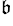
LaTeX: ^\mathfrak{b}